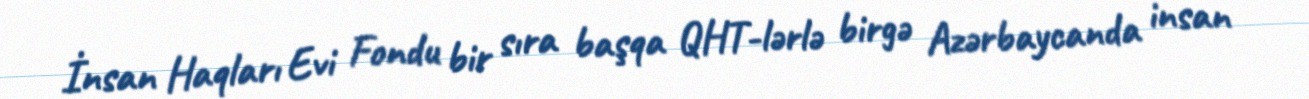
İnsan Haqları Evi Fondu bir sıra başqa QHT-lərlə birgə Azərbaycanda insan